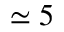
\simeq 5